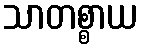
သာတစ္စာယ